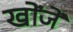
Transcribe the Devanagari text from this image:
खोंजें